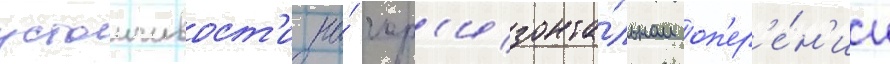
устоичивост'и на́ гор'изонта́льном оп'ер'е́н'ии